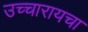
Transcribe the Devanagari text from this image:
उच्चारायचा